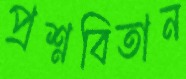
প্রশ্নবিতান